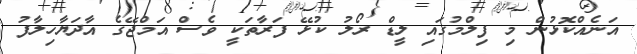
އަނެއްކޮޅުން މި ފިލްމުގައި ލީޑް ރޯލު ކުޅޭ ފަރާތަކީ ވެސް އަމްޖޭގެ އާދަޔާހިލާފު